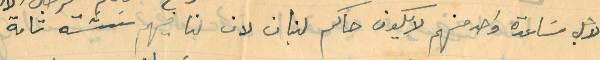
لاجل مساعدة واحد منهم لايكون حاكم لبنان لان لنا فيهم نثة تامة